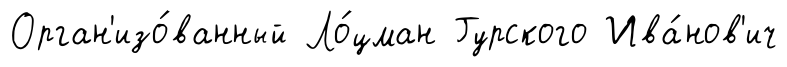
Орган'изо́ванный Ло́цман Гурского Ива́нов'ич